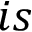
i s